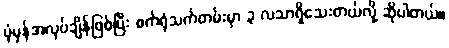
ပုံမှန်အလုပ်ချိန်ဖြစ်ပြီး စက်ရုံသက်တမ်းမှာ ၃ လသာရှိသေးတယ်လို့ ဆိုပါတယ်။